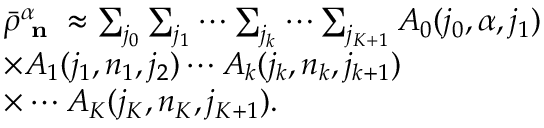
\begin{array} { r l } & { \bar { \rho } _ { \textbf { n } } ^ { \alpha } \approx \sum _ { j _ { 0 } } \sum _ { j _ { 1 } } \cdots \sum _ { j _ { k } } \cdots \sum _ { j _ { K + 1 } } A _ { 0 } ( j _ { 0 } , \alpha , j _ { 1 } ) } \\ & { \times A _ { 1 } ( j _ { 1 } , n _ { 1 } , j _ { 2 } ) \cdots A _ { k } ( j _ { k } , n _ { k } , j _ { k + 1 } ) } \\ & { \times \cdots A _ { K } ( j _ { K } , n _ { K } , j _ { K + 1 } ) . } \end{array}